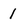
Character: 1